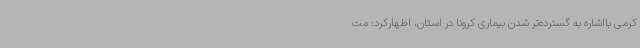
کرمی بااشاره به گسترده‌تر شدن بیماری کرونا در استان، اظهارکرد: مت